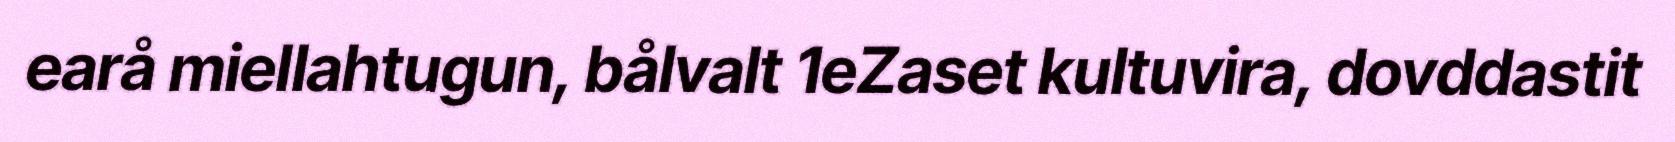
earå miellahtugun, bålvalt 1eZaset kultuvira, dovddastit